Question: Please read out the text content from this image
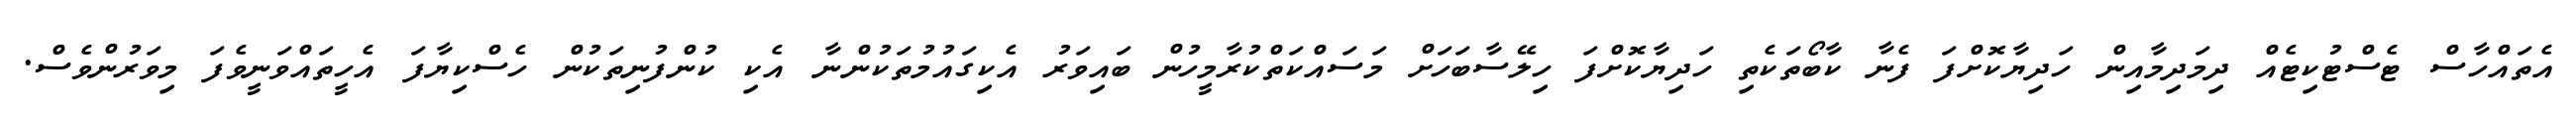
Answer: އެތައްހާސް ޓެސްޓުކިޓެއް ދިމަދިމާއިން ހަދިޔާކޮށްފަ ފެނާ ކާބޯތަކެތި ހަދިޔާކޮށްފަ ހިލޭސާބަހަށް މަސައްކަތްކުރާމީހުން ބައިވަރު އެކިގައުމުތަކުންނާ އެކި ކުންފުނިތަކުން ހެސްކިޔާފަ އެހީތައްވަނީވެފަ މިވަރުންވެސް.